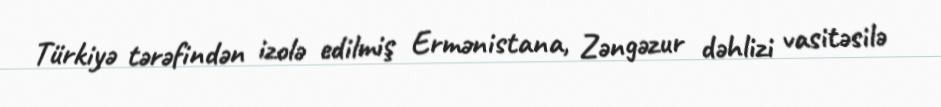
Türkiyə tərəfindən izolə edilmiş Ermənistana, Zəngəzur dəhlizi vasitəsilə